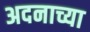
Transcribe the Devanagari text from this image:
अदनाच्या